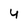
Character: 4